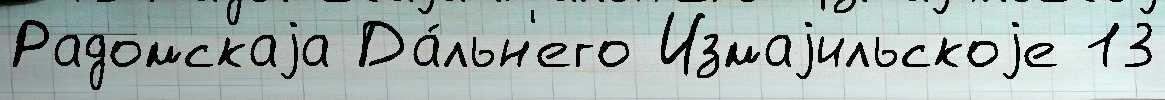
Радомскаjа Да́льн'его Измаjильскоjе 13